[Report on the health of British troops in the Madras command]
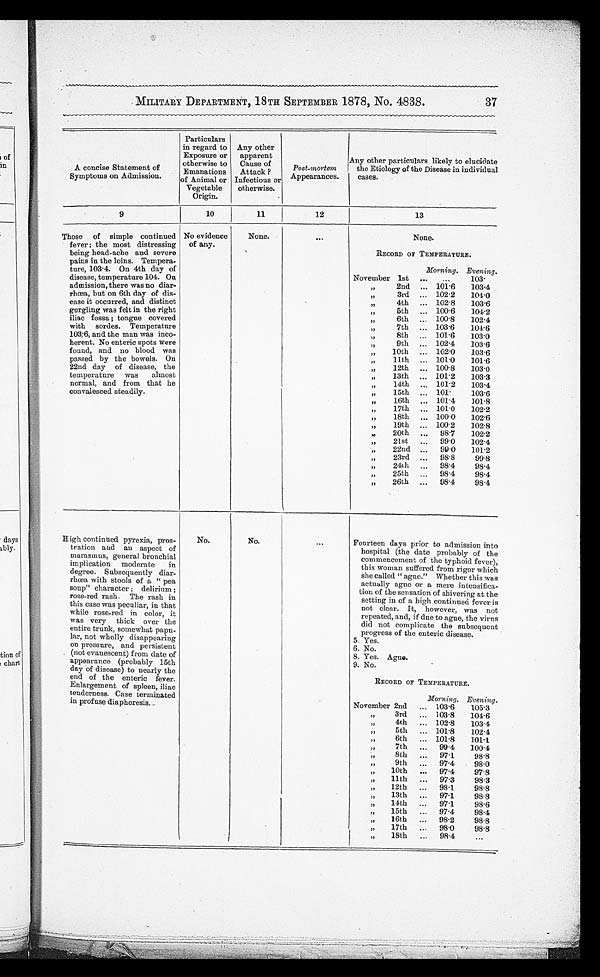
MILITARY DEPARTMENT, 18TH SEPTEMBER 1878, NO. 4838.
37
A concise Statement of
Symptoms on Admission.
Particulars
in regard to
Exposure or
otherwise to
Emanations
of Animal or
Vegetable
Origin.
Any other
apparent
Cause of
Attack ?
Infectious o
r otherwise.
Post-mortem
Appearances.
Any other particulars likely to elucidate
t he Et i ol ogy of t he Di s eas e i n i ndi vi dual cas es .
9
10
11
12
13
Those of simple continued
fever; the most distressing
being head-ache and severe
pains in the loins.Tempera-
ture, 103 .4. On 4th day of
disease, tempera-ture 104. On
admission, there was no diar
-rhœa, but on 6th day of dis
-ease it occurred, and distinct
gurgling was felt in the right
iliac fossa; tongue covered
with sordes. Temperature
103.6, and the man was inco
-herent. No enteric spots were
found, and no blood was
passed by the bowels. On
22nd day of disease, the
temperature was almost
normal, and from that he
convalesced steadily.
No evidence
of any.
None.
None.
RECORD OF TEMPERATURE.
Morning. Evening.
November 1st
103·
,,
2nd
101·6
103·4
,,
3rd
102·2
104·0
,,
4th
102·8
103·6
,,
5th
100·6
104·2
,,
6th
100·8
102·4
,,
7th
103·6
104·6
,,
8th
101·6
103·0
,,
9th
102·4
103·6
,,
10th
102·0
103·6
,,
11th
1 0 1 · 0
101·6
,,
12th
100 8
103·0
,,
13th
101·2
103·3
,,
14th
101·2
103 4
,,
15th
101·
103 · 6
,,
16th
101·4
101·8
,,
17th
101·0
102·2
,,
18th
100·0
102·6
,,
19th
100·2
102·8
,,
20th
98·7
102·2
,,
21st
99·0
102·4
,,
22nd
99·0
101·2
,,
23rd
98·8
99·8
,,
24th
98·4
98·4
,,
25th
98·4
98·4
,,
26th
98·4
98·4
High continued pyrexia, pros
-tration and an aspect of
marasmus, general bronchial
implication moderate in
degree. Subsequently diar
-rhœa with stools of a " pea
soup" character; delirium
; rose-red rash. The rash in
this case was peculiar, in that
while rose-red in color, it
was very thick over the
entire trunk, somewhat pap
u-lar, not wholly disappearing
on pressure, and persistent
(not evanescent) from date of
appearance (probably 15th
day of disease) to nearly the
end of the enteric fever.
Enlargement of spleen, iliac
tenderness. Case terminated
in profuse diaphoresis.
No.
N o .
Fourteen days prior to admission into
hospital (the date probably
of the commencemen of the typhoid fever)
,this woman suffered from rigor
which she called "ague."
W h e t h e r t h i s w a s a c t u a l l y a g u e o r a m e r e i n t e n s i f i c a - t i o n o f t h e s e n s a t i o n o f s h i v e r i n g a t t h e s e t t i n g i n o f a h i g h c o n t i u e d f e v e r i s n o t c l e a r . I t , h o w e v e r , w a s n o t r e p e a t e d , a n d , i f d u e t o a g u e , t h v i r u s d i d n o t c o m p l i c a t e t h e s u b s e q u e n t p r o g r e s s o f t h e e n t e r i c d i s e a s e .
5. Yes.
6. No.
8. Yes. Ague.
9. No.
RECORD OF TEMPERATURE.
Morning. Evening.
November 2nd
103·6
105·3
,,
3rd
103·8
104·6
,,
4th
102·8
103·4
,,
5th
101·8
102·4
,,,
6th
101·8
101·1
,,
7th
99·4
100·4
,,
8th
97·1
98·8
,,
9th
97·4
98·0
,,
10th
97·4
97·8
,,
11th
97·3
98·3
,,
12th
98·1
98·8
,,
13th
97·1
98·8
,,
14th
97·1
98·6
,,
15th
97·4
98·4
,,
16th
98·2
98·8
,,
17th
98·0
98·8
,,
1 8 t h
98·4